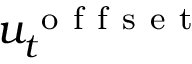
u _ { t } ^ { \mathrm { ~ o ~ f ~ f ~ s ~ e ~ t ~ } }